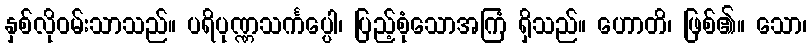
နှစ်လိုဝမ်းသာသည်။ ပရိပုဏ္ဏသင်္ကပ္ပေါ၊ ပြည့်စုံသောအကြံ ရှိသည်။ ဟောတိ၊ ဖြစ်၏။ သော၊